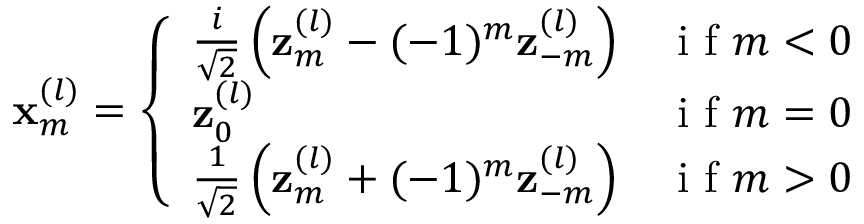
\mathbf { x } _ { m } ^ { ( l ) } = \left\{ \begin{array} { l l } { \frac { i } { \sqrt { 2 } } \left( \mathbf { z } _ { m } ^ { ( l ) } - ( - 1 ) ^ { m } \mathbf { z } _ { - m } ^ { ( l ) } \right) } & { \mathrm { ~ i ~ f ~ } m < 0 } \\ { \mathbf { z } _ { 0 } ^ { ( l ) } } & { \mathrm { ~ i ~ f ~ } m = 0 } \\ { \frac { 1 } { \sqrt { 2 } } \left( \mathbf { z } _ { m } ^ { ( l ) } + ( - 1 ) ^ { m } \mathbf { z } _ { - m } ^ { ( l ) } \right) } & { \mathrm { ~ i ~ f ~ } m > 0 } \end{array} \right.